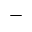
-